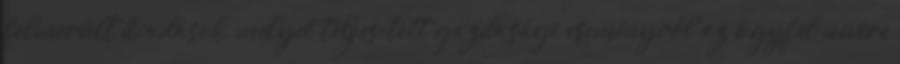
felmerült kiadások, melyet teljesített gazdasági eseményről az ügyfél nevére